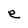
Character: e